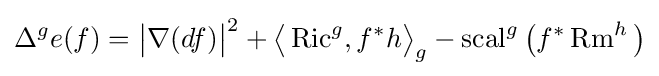
\Delta ^{g}e(f)={\big |}\nabla (df){\big |}^{2}+{\big \langle }\operatorname {Ric} ^{g},f^{\ast }h{\big \rangle }_{g}-\operatorname {scal} ^{g}{\big (}f^{\ast }\operatorname {Rm} ^{h}{\big )}